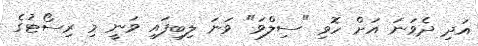
އަދި ދެވަނަ އަށް ހޮވި "ސިލްވަ" ވަނަ ލިބިފައި ވަނީ މި ރިސޯޓުގެ